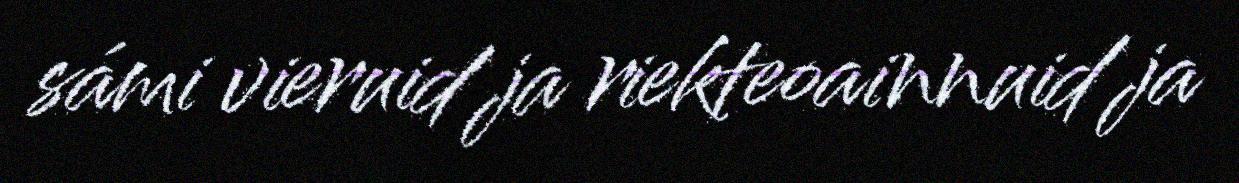
sámi vieruid ja riekteoainnuid ja